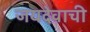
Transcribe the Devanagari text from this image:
जयदेवाची